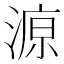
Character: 𱨆